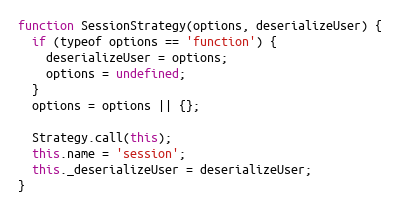
Language: JavaScript
function SessionStrategy(options, deserializeUser) {
  if (typeof options == 'function') {
    deserializeUser = options;
    options = undefined;
  }
  options = options || {};

  Strategy.call(this);
  this.name = 'session';
  this._deserializeUser = deserializeUser;
}